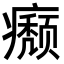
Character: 𤻊